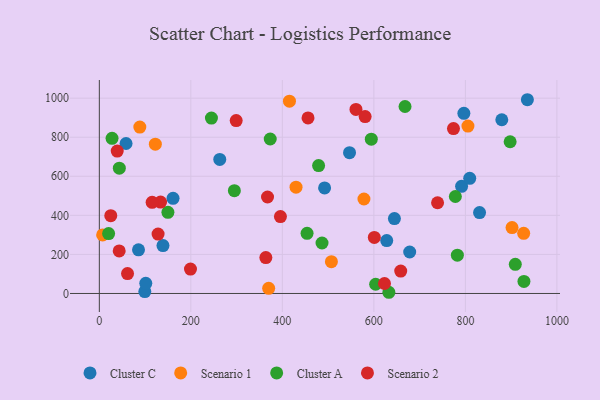
{"axis": {"x": "Study Hours", "y": "Sales"}, "legend": ["Cluster A", "Cluster C", "Scenario 1", "Scenario 2"], "data": [{"x": "546.8", "y": 721.1, "type": "Cluster C"}, {"x": "85.6", "y": 223.3, "type": "Cluster C"}, {"x": "99.4", "y": 9.6, "type": "Cluster C"}, {"x": "628.1", "y": 270.8, "type": "Cluster C"}, {"x": "101.5", "y": 51.8, "type": "Cluster C"}, {"x": "58.4", "y": 767.8, "type": "Cluster C"}, {"x": "935.5", "y": 992.0, "type": "Cluster C"}, {"x": "796.7", "y": 922.2, "type": "Cluster C"}, {"x": "263.2", "y": 686.3, "type": "Cluster C"}, {"x": "644.9", "y": 383.3, "type": "Cluster C"}, {"x": "879.6", "y": 889.5, "type": "Cluster C"}, {"x": "831.0", "y": 414.3, "type": "Cluster C"}, {"x": "492.3", "y": 540.3, "type": "Cluster C"}, {"x": "161.1", "y": 487.3, "type": "Cluster C"}, {"x": "678.3", "y": 212.2, "type": "Cluster C"}, {"x": "791.7", "y": 548.6, "type": "Cluster C"}, {"x": "809.5", "y": 589.7, "type": "Cluster C"}, {"x": "139.1", "y": 245.0, "type": "Cluster C"}, {"x": "122.4", "y": 764.3, "type": "Scenario 1"}, {"x": "578.3", "y": 483.8, "type": "Scenario 1"}, {"x": "7.2", "y": 299.9, "type": "Scenario 1"}, {"x": "415.5", "y": 984.4, "type": "Scenario 1"}, {"x": "429.9", "y": 544.3, "type": "Scenario 1"}, {"x": "507.2", "y": 162.7, "type": "Scenario 1"}, {"x": "902.0", "y": 337.2, "type": "Scenario 1"}, {"x": "370.1", "y": 26.3, "type": "Scenario 1"}, {"x": "927.4", "y": 308.0, "type": "Scenario 1"}, {"x": "805.6", "y": 857.3, "type": "Scenario 1"}, {"x": "88.5", "y": 852.1, "type": "Scenario 1"}, {"x": "603.9", "y": 47.2, "type": "Cluster A"}, {"x": "454.0", "y": 307.9, "type": "Cluster A"}, {"x": "245.0", "y": 898.2, "type": "Cluster A"}, {"x": "373.5", "y": 791.0, "type": "Cluster A"}, {"x": "632.8", "y": 6.1, "type": "Cluster A"}, {"x": "668.1", "y": 957.4, "type": "Cluster A"}, {"x": "782.5", "y": 196.2, "type": "Cluster A"}, {"x": "149.9", "y": 415.7, "type": "Cluster A"}, {"x": "928.0", "y": 61.5, "type": "Cluster A"}, {"x": "43.7", "y": 641.5, "type": "Cluster A"}, {"x": "27.8", "y": 794.2, "type": "Cluster A"}, {"x": "594.4", "y": 790.2, "type": "Cluster A"}, {"x": "295.1", "y": 526.5, "type": "Cluster A"}, {"x": "897.8", "y": 776.8, "type": "Cluster A"}, {"x": "486.7", "y": 258.4, "type": "Cluster A"}, {"x": "909.1", "y": 149.4, "type": "Cluster A"}, {"x": "479.2", "y": 654.9, "type": "Cluster A"}, {"x": "20.3", "y": 306.6, "type": "Cluster A"}, {"x": "778.1", "y": 496.5, "type": "Cluster A"}, {"x": "560.9", "y": 942.2, "type": "Scenario 2"}, {"x": "623.2", "y": 51.0, "type": "Scenario 2"}, {"x": "25.0", "y": 398.3, "type": "Scenario 2"}, {"x": "61.6", "y": 101.9, "type": "Scenario 2"}, {"x": "658.7", "y": 114.9, "type": "Scenario 2"}, {"x": "739.2", "y": 464.4, "type": "Scenario 2"}, {"x": "363.9", "y": 183.8, "type": "Scenario 2"}, {"x": "299.1", "y": 885.4, "type": "Scenario 2"}, {"x": "199.2", "y": 125.0, "type": "Scenario 2"}, {"x": "395.8", "y": 393.9, "type": "Scenario 2"}, {"x": "128.4", "y": 304.2, "type": "Scenario 2"}, {"x": "774.0", "y": 844.5, "type": "Scenario 2"}, {"x": "580.9", "y": 905.5, "type": "Scenario 2"}, {"x": "601.0", "y": 286.7, "type": "Scenario 2"}, {"x": "133.8", "y": 467.9, "type": "Scenario 2"}, {"x": "115.4", "y": 466.5, "type": "Scenario 2"}, {"x": "39.1", "y": 729.3, "type": "Scenario 2"}, {"x": "367.6", "y": 493.9, "type": "Scenario 2"}, {"x": "456.1", "y": 898.8, "type": "Scenario 2"}, {"x": "43.4", "y": 217.7, "type": "Scenario 2"}]}